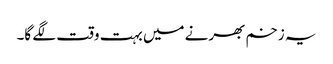
یہ زخم بھرنے میں بہت وقت لگے گا۔